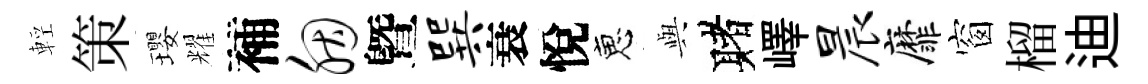
輕策瓔耀補胭曁巽衰悅恵𫤰赌嶧晨靡窗榴迪